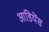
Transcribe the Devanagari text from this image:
आडियेंस